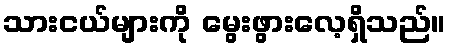
သားငယ်များကို မွေးဖွားလေ့ရှိသည်။